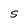
Character: S